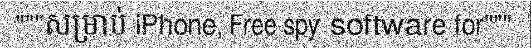
"""សម្រាប់ iPhone, Free spy software for"""